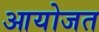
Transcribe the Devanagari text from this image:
आयोजत